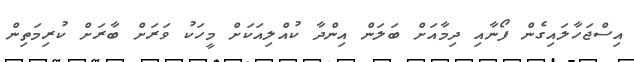
އިސްޖަހާލައިގެން ފޯނާއި ދިމާއަށް ބަލަން އިންދާ ކުއްލިއަކަށް މީހަކު ވަރަށް ބާރަށް ކުރިމަތިން